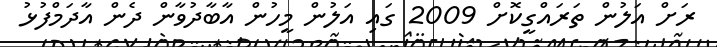
ރަށް އަލުން ތަރައްގީކޮށް 2009 ގައި އަލުން މީހުން އާބާދުވާން ދެން އާދަމްފުޅު